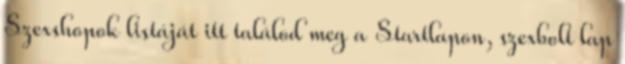
Szexshopok listáját itt találod meg a Startlapon, szexbolt lap